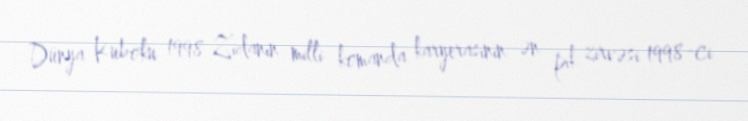
Dünya Kuboku 1998 Zidanın milli komanda karyerasının ən pik zirvəsi 1998-ci